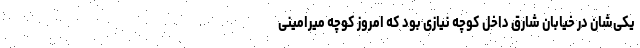
یکی‌شان در خیابان شارِق داخل کوچه نیازی بود که امروز کوچه میرامینی